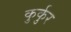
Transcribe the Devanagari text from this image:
कुर्कुर